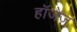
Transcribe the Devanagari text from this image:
हॉजेज़